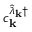
{ c _ { \mathbf { k } } ^ { \hat { \lambda } _ { \mathbf { k } } \dagger } }